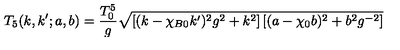
T _ { 5 } ( k , k ^ { \prime } ; a , b ) = \frac { T _ { 0 } ^ { 5 } } { g } \sqrt { \left[ ( k - \chi _ { B 0 } k ^ { \prime } ) ^ { 2 } g ^ { 2 } + k ^ { 2 } \right] \left[ ( a - \chi _ { 0 } b ) ^ { 2 } + b ^ { 2 } g ^ { - 2 } \right] }